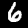
Label: 6